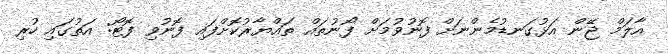
އާލަމް ޖޭން އަޅުގަނޑުމެންނަށް ފޮނުވުމަށް ފޯނުތައް ތައްޔާރުކޮށްފައި ފޮނުވި ފޮޓޯ: އަތުގައި ހުރި